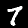
Digit: 7